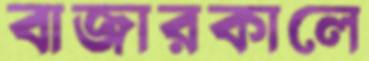
বাজারকালে